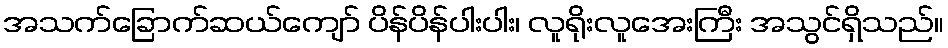
အသက်ခြောက်ဆယ်ကျော် ပိန်ပိန်ပါးပါး၊ လူရိုးလူအေးကြီး အသွင်ရှိသည်။